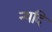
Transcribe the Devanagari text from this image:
न्यदि